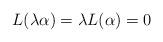
LaTeX: \begin{align*}L(\lambda\alpha)=\lambda L(\alpha)=0\end{align*}